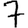
Digit: 7